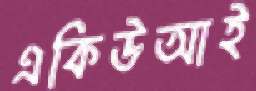
একিউআই